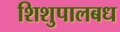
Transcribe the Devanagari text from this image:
शिशुपालबध